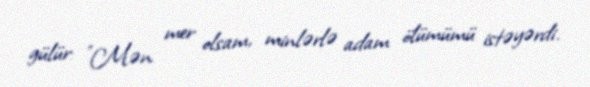
gülür: ”Mən mer olsam, minlərlə adam ölümümü istəyərdi.